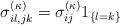
LaTeX: \begin{align*}\sigma_{il,jk}^{(\kappa)}=\sigma_{ij}^{(\kappa)} 1_{\{l=k\}}\end{align*}